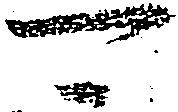
可